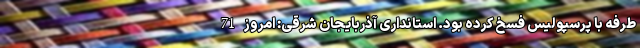
طرفه با پرسپولیس فسخ کرده بود. استانداری آذربایجان شرقی: امروز 71